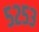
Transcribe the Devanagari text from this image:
५२५३